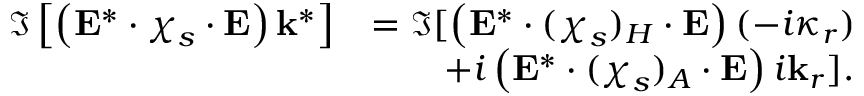
\begin{array} { r l } { \Im \left[ \left( \mathbf { E } ^ { * } \cdot \boldsymbol { \chi } _ { s } \cdot \mathbf { E } \right) \mathbf { k } ^ { * } \right] } & { = \Im [ \left( \mathbf { E } ^ { * } \cdot ( \boldsymbol { \chi } _ { s } ) _ { H } \cdot \mathbf { E } \right) ( - i \boldsymbol { \kappa } _ { r } ) } \\ & { \qquad + i \left( \mathbf { E } ^ { * } \cdot ( \boldsymbol { \chi } _ { s } ) _ { A } \cdot \mathbf { E } \right) i \mathbf { k } _ { r } ] . } \end{array}